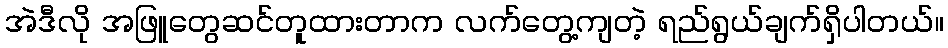
အဲဒီလို အဖြူတွေဆင်တူထားတာက လက်တွေ့ကျတဲ့ ရည်ရွယ်ချက်ရှိပါတယ်။